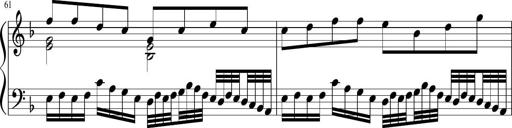
Title: Sonatina in F major
Composer: Ethan Ngo
Key: F major